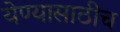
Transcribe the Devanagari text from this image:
येण्यासाठीच